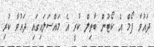
ދައުވާ ފޯމް އެ ކޯޓުން ބާތިލް ކުރީ އެ މައްސަލައިގައި ދައުވާ ކުރި